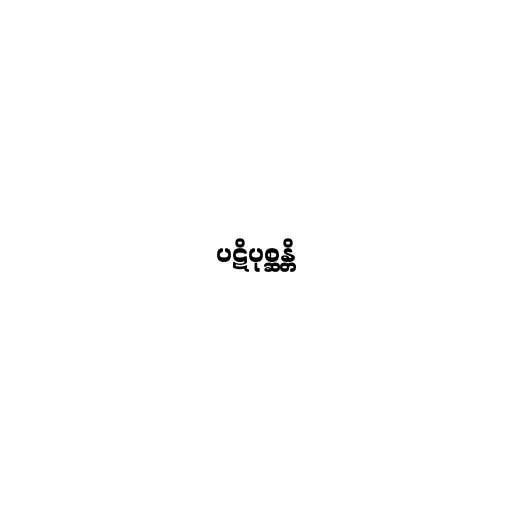
ပဋိပုစ္ဆန္တိ